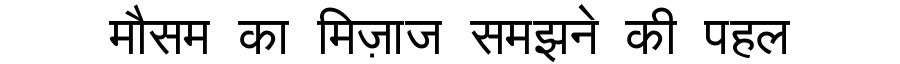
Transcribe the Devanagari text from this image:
मौसम का मिज़ाज समझने की पहल